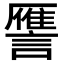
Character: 𮘻